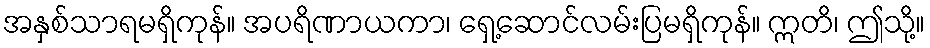
အနှစ်သာရမရှိကုန်။ အပရိဏာယကာ၊ ရှေ့ဆောင်လမ်းပြမရှိကုန်။ ဣတိ၊ ဤသို့။